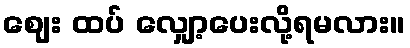
ဈေး ထပ် လျှော့ပေးလို့ရမလား။